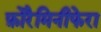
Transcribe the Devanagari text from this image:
फ़ोरैमिनीफेरा